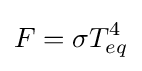
F=\sigma T_{eq}^{4}